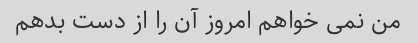
من نمی خواهم امروز آن را از دست بدهم